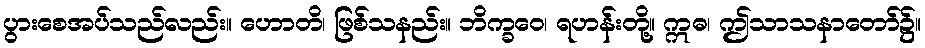
ပွားစေအပ်သည်လည်း။ ဟောတိ၊ ဖြစ်သနည်း။ ဘိက္ခဝေ၊ ရဟန်းတို့။ ဣဓ၊ ဤသာသနာတော်၌။